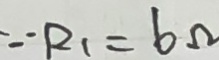
\because R _ { 1 } = 6 \Omega